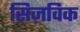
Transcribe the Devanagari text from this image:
सिज़विक